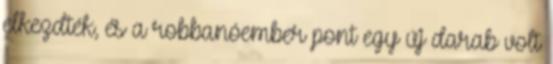
elkezdték, és a robbanóember pont egy új darab volt